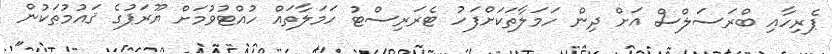
ޕެރިހާއި ބްރަސަލްސް އަށް ދިން ހަމަލާތަކަށްފަހު ޓެރަރިސްޓު ހަމަލާތައް ހުއްޓުވުމަށް ޔޫރަަޕުގެ ޤައުމުތަކުން